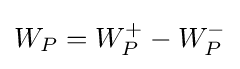
W_{P}=W_{P}^{+}-W_{P}^{-}